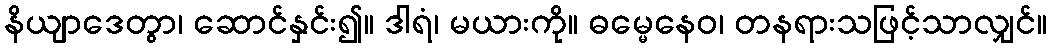
နိယျာဒေတွာ၊ ဆောင်နှင်း၍။ ဒါရံ၊ မယားကို။ ဓမ္မေနေဝ၊ တနရားသဖြင့်သာလျှင်။